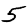
Digit: 5